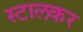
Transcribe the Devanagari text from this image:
स्टालकर